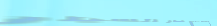
بيع وشراء قطع غيار السيار